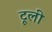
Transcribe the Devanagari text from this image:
टूली